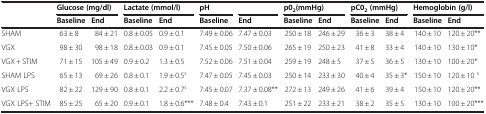
|  | <COLSPAN=2> Glucose (mg/dl) | <COLSPAN=2> Lactate (mmol/l) | pH |  | <COLSPAN=2> p02(mmHg) | <COLSPAN=2> pC02(mmHg) | <COLSPAN=2> Hemoglobin (g/l) |
 |  | Baseline | End | Baseline | End | Baseline | End | Baseline | End | Baseline | End | Baseline | End |
 | --- | --- | --- | --- | --- | --- | --- | --- | --- | --- | --- | --- | --- |
 | SHAM | 63 ± 8 | 84 ± 21 | 0.8 ± 0.05 | 0.9 ± 0.1 | 7.49 ± 0.06 | 7.47 ± 0.03 | 250 ± 18 | 246 ± 29 | 36 ± 3 | 38 ± 4 | 140 ± 10 | 120 ± 20** |
 | VGX | 98 ± 30 | 98 ± 18 | 0.8 ± 0.03 | 0.9 ± 0.1 | 7.45 ± 0.05 | 7.50 ± 0.06 | 265 ± 19 | 250 ± 23 | 41 ± 8 | 33 ± 4 | 140 ± 10 | 130 ± 10* |
 | VGX + STIM | 71 ± 15 | 105 ± 49 | 0.9 ± 0.2 | 1.3 ± 0.5 | 7.52 ± 0.06 | 7.51 ± 0.04 | 259 ± 19 | 248 ± 5 | 37 ± 5 | 36 ± 5 | 130 ± 10 | 100 ± 20* |
 | SHAM LPS | 65 ± 13 | 69 ± 26 | 0.8 ± 0.1 | 1.9 ± 0.5s | 7.47 ± 0.05 | 7.45 ± 0.03 | 250 ± 14 | 233 ± 30 | 40 ± 4 | 35 ± 3* | 150 ± 10 | 120 ± 10 s |
 | VGX LPS | 82 ± 22 | 129 ± 90 | 0.8 ± 0.1 | 2.2 ± 0.7s | 7.45 ± 0.07 | 7.37 ± 0.08** | 272 ± 13 | 249 ± 26 | 41 ± 6 | 39 ± 4 | 150 ± 10 | 120 ± 20** |
 | VGX LPS+ STIM | 85 ± 25 | 65 ± 20 | 0.9 ± 0.1 | 1.8 ± 0.6*** | 7.48 ± 0.4 | 7.43 ± 0.1 | 251 ± 22 | 233 ± 21 | 38 ± 2 | 35 ± 5 | 130 ± 10 | 100 ± 20*** |